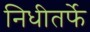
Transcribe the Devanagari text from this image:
निधीतर्फे